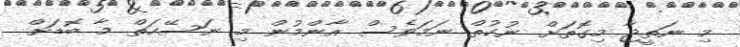
މި ނަތީޖާ މިގޮތަށް ނުކުތް ނަމަވެސް އާންމުން މި ނަސޭހަތް މާ ބޮޑަށް